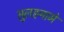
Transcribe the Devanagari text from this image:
सुलहनामे